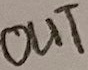
Text: OUT